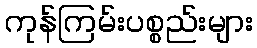
ကုန်ကြမ်းပစ္စည်းများ